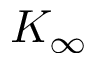
K _ { \infty }